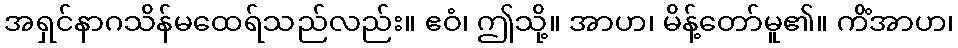
အရှင်နာဂသိန်မထေရ်သည်လည်း။ ဧဝံ၊ ဤသို့။ အာဟ၊ မိန့်တော်မူ၏။ ကိံအာဟ၊